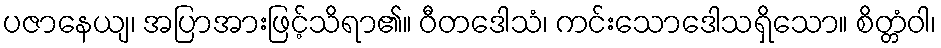
ပဇာနေယျ၊ အပြာအားဖြင့်သိရာ၏။ ဝီတဒေါသံ၊ ကင်းသောဒေါသရှိသော။ စိတ္တံဝါ၊